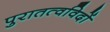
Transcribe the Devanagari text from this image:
पुरातत्‍वविदों